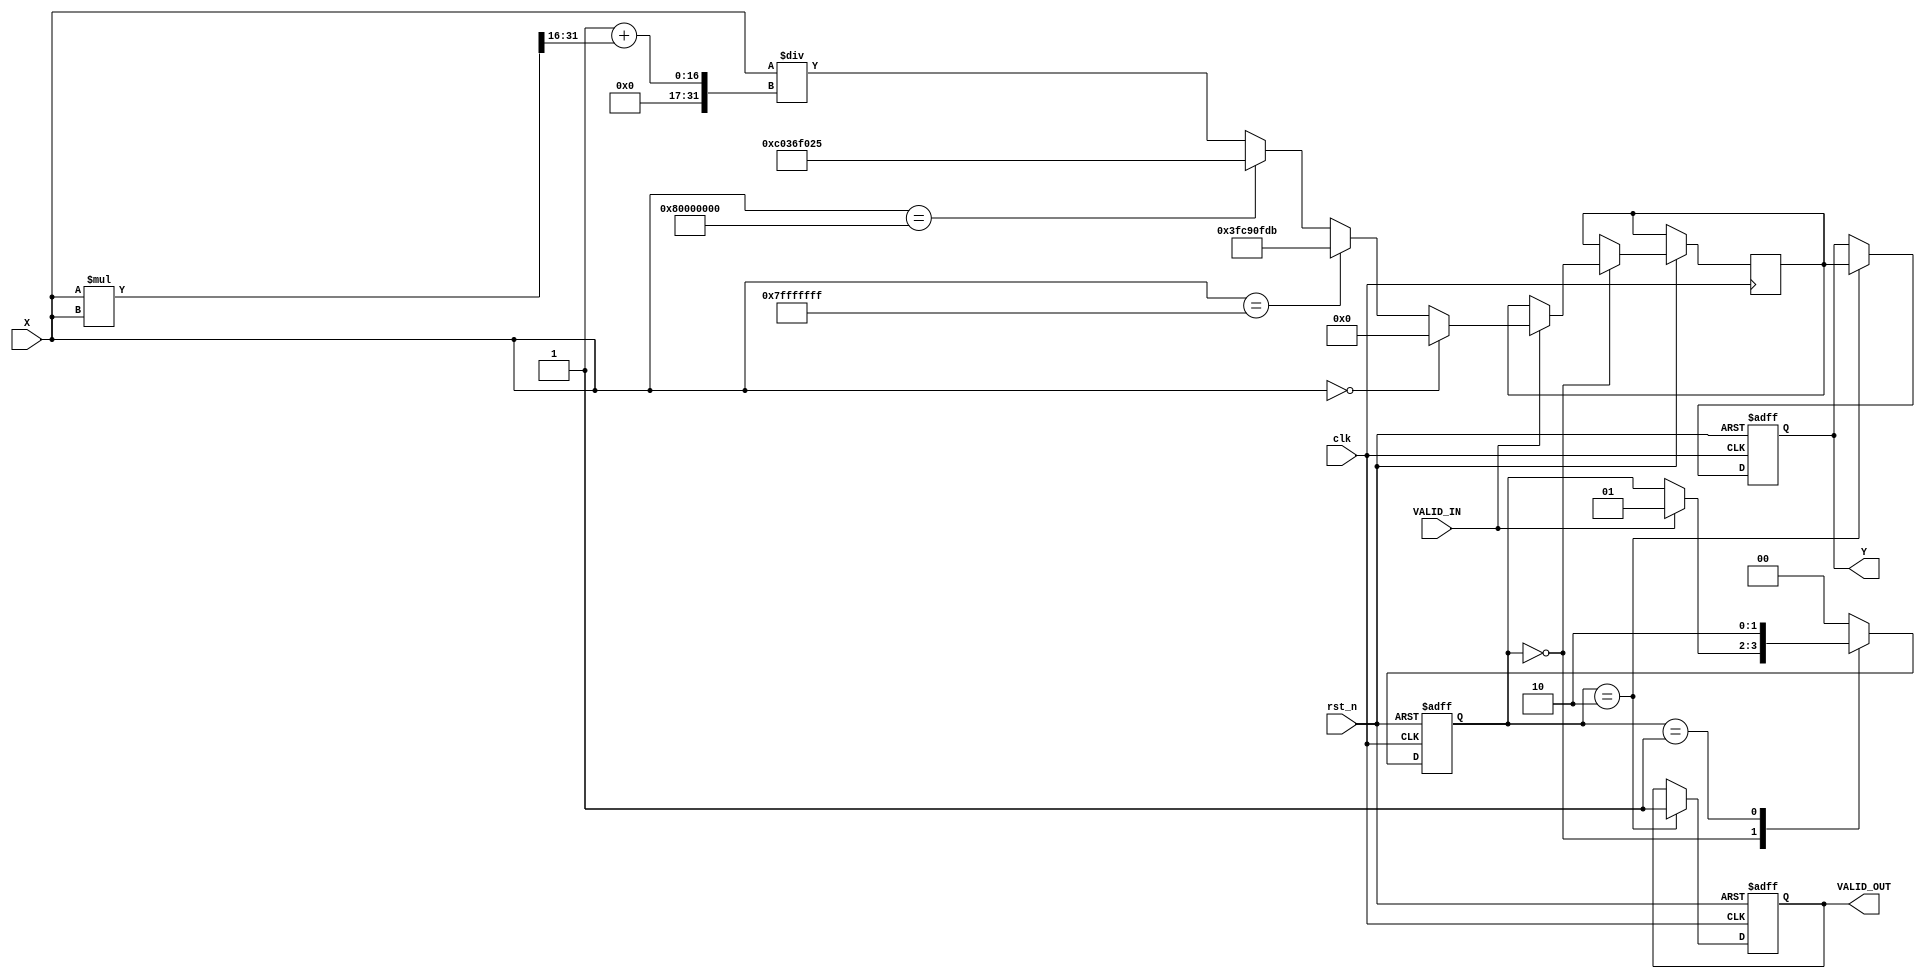
module atan_block (
    input wire clk,
    input wire rst_n,
    input wire signed [31:0] X,       // Input signal (signed integer or fixed-point)
    input wire VALID_IN,               // Valid input signal
    output reg signed [31:0] Y,        // Output signal (angle in radians)
    output reg VALID_OUT               // Valid output signal
);

    // Constants for /2
    localparam signed [31:0] PI_OVER_2 = 32'h3FC90FDB; // Approx. 1.570796 (in fixed-point representation)

    // Internal state
    reg [1:0] state;
    reg signed [31:0] atan_result;

    // State encoding
    localparam IDLE = 2'b00;
    localparam COMPUTE = 2'b01;
    localparam OUTPUT = 2'b10;

    // Main process
    always @(posedge clk or negedge rst_n) begin
        if (!rst_n) begin
            Y <= 32'b0;
            VALID_OUT <= 1'b0;
            state <= IDLE;
        end else begin
            case (state)
                IDLE: begin
                    if (VALID_IN) begin
                        // Check for special cases
                        if (X == 32'b0) begin
                            atan_result <= 32'b0; // atan(0) = 0
                        end else if (X == 32'h7FFFFFFF) begin
                            atan_result <= PI_OVER_2; // atan(+inf) = /2
                        end else if (X == 32'h80000000) begin
                            atan_result <= -PI_OVER_2; // atan(-inf) = -/2
                        end else begin
                            // Simple approximation for atan
                            // This is a placeholder for a more complex algorithm
                            atan_result <= X / (32'h1 + (X * X >> 16)); // Simple approximation
                        end
                        state <= COMPUTE;
                    end
                end

                COMPUTE: begin
                    // Move to output state
                    state <= OUTPUT;
                end

                OUTPUT: begin
                    Y <= atan_result; // Assign computed result to output
                    VALID_OUT <= 1'b1; // Indicate output is valid
                    state <= IDLE; // Go back to IDLE
                end

                default: state <= IDLE; // Safety default
            endcase
        end
    end

endmodule